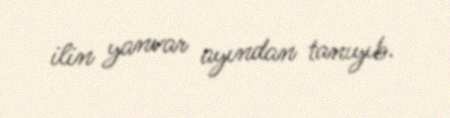
ilin yanvar ayından tanıyıb.